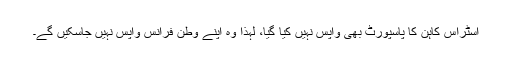
اسٹراس کاہن کا پاسپورٹ بھی واپس نہیں کیا گیا، لہذا وہ اپنے وطن فرانس واپس نہیں جاسکیں گے۔